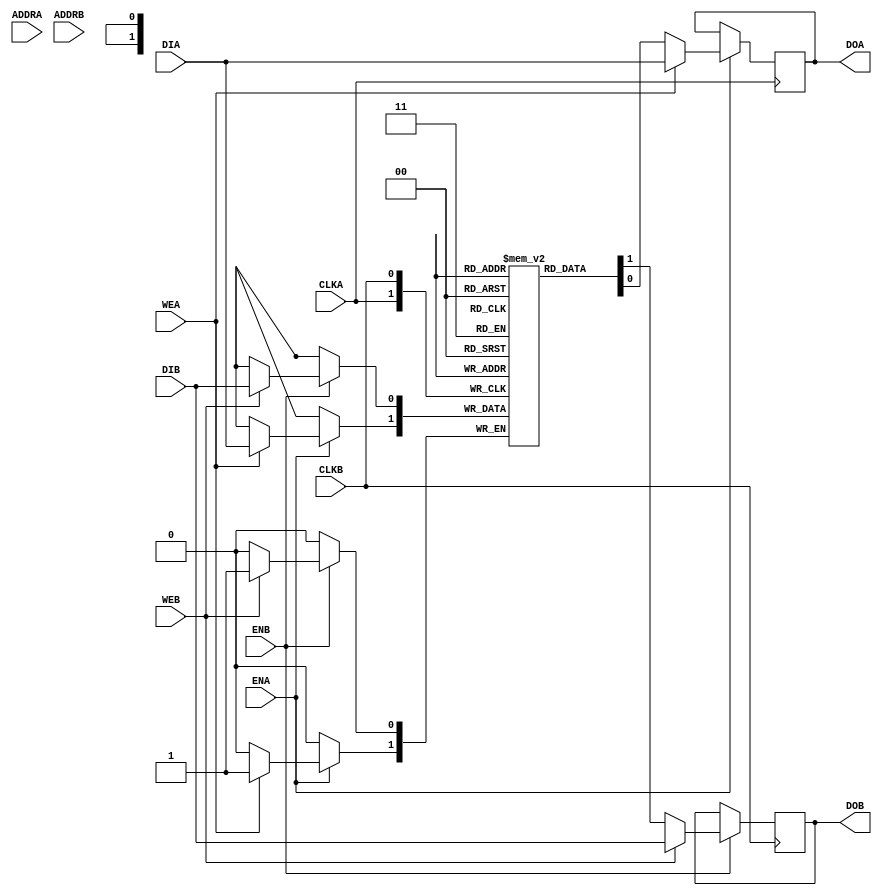
// Copyright (c) 2000-2011 Bluespec, Inc.

// Permission is hereby granted, free of charge, to any person obtaining a copy
// of this software and associated documentation files (the "Software"), to deal
// in the Software without restriction, including without limitation the rights
// to use, copy, modify, merge, publish, distribute, sublicense, and/or sell
// copies of the Software, and to permit persons to whom the Software is
// furnished to do so, subject to the following conditions:

// The above copyright notice and this permission notice shall be included in
// all copies or substantial portions of the Software.

// THE SOFTWARE IS PROVIDED "AS IS", WITHOUT WARRANTY OF ANY KIND, EXPRESS OR
// IMPLIED, INCLUDING BUT NOT LIMITED TO THE WARRANTIES OF MERCHANTABILITY,
// FITNESS FOR A PARTICULAR PURPOSE AND NONINFRINGEMENT. IN NO EVENT SHALL THE
// AUTHORS OR COPYRIGHT HOLDERS BE LIABLE FOR ANY CLAIM, DAMAGES OR OTHER
// LIABILITY, WHETHER IN AN ACTION OF CONTRACT, TORT OR OTHERWISE, ARISING FROM,
// OUT OF OR IN CONNECTION WITH THE SOFTWARE OR THE USE OR OTHER DEALINGS IN
// THE SOFTWARE.
//
// $Revision: 28325 $
// $Date: 2012-04-25 18:22:57 +0000 (Wed, 25 Apr 2012) $

`ifdef BSV_ASSIGNMENT_DELAY
`else
 `define BSV_ASSIGNMENT_DELAY
`endif

// Dual-Ported BRAM (WRITE FIRST)
module BRAM2(CLKA,
             ENA,
             WEA,
             ADDRA,
             DIA,
             DOA,
             CLKB,
             ENB,
             WEB,
             ADDRB,
             DIB,
             DOB
             );

   parameter                      PIPELINED  = 0;
   parameter                      ADDR_WIDTH = 1;
   parameter                      DATA_WIDTH = 1;
   parameter                      MEMSIZE    = 1;

   input                          CLKA;
   input                          ENA;
   input                          WEA;
   input [ADDR_WIDTH-1:0]         ADDRA;
   input [DATA_WIDTH-1:0]         DIA;
   output [DATA_WIDTH-1:0]        DOA;

   input                          CLKB;
   input                          ENB;
   input                          WEB;
   input [ADDR_WIDTH-1:0]         ADDRB;
   input [DATA_WIDTH-1:0]         DIB;
   output [DATA_WIDTH-1:0]        DOB;

   reg [DATA_WIDTH-1:0]           RAM[0:MEMSIZE-1] /* synthesis syn_ramstyle="no_rw_check" */ ;
   reg [DATA_WIDTH-1:0]           DOA_R;
   reg [DATA_WIDTH-1:0]           DOB_R;
   reg [DATA_WIDTH-1:0]           DOA_R2;
   reg [DATA_WIDTH-1:0]           DOB_R2;

`ifdef BSV_NO_INITIAL_BLOCKS
`else
   // synopsys translate_off
   integer                        i;
   initial
   begin : init_block
      for (i = 0; i < MEMSIZE; i = i + 1) begin
         RAM[i] = { ((DATA_WIDTH+1)/2) { 2'b10 } };
      end
      DOA_R = { ((DATA_WIDTH+1)/2) { 2'b10 } };
      DOB_R = { ((DATA_WIDTH+1)/2) { 2'b10 } };
      DOA_R2 = { ((DATA_WIDTH+1)/2) { 2'b10 } };
      DOB_R2 = { ((DATA_WIDTH+1)/2) { 2'b10 } };
   end
   // synopsys translate_on
`endif // !`ifdef BSV_NO_INITIAL_BLOCKS

   always @(posedge CLKA) begin
      if (ENA) begin
         if (WEA) begin
            RAM[ADDRA] <= `BSV_ASSIGNMENT_DELAY DIA;
            DOA_R <= `BSV_ASSIGNMENT_DELAY DIA;
         end
         else begin
            DOA_R <= `BSV_ASSIGNMENT_DELAY RAM[ADDRA];
         end
      end
      DOA_R2 <= `BSV_ASSIGNMENT_DELAY DOA_R;
   end

   always @(posedge CLKB) begin
      if (ENB) begin
         if (WEB) begin
            RAM[ADDRB] <= `BSV_ASSIGNMENT_DELAY DIB;
            DOB_R <= `BSV_ASSIGNMENT_DELAY DIB;
         end
         else begin
            DOB_R <= `BSV_ASSIGNMENT_DELAY RAM[ADDRB];
         end
      end
      DOB_R2 <= `BSV_ASSIGNMENT_DELAY DOB_R;
   end

   // Output drivers
   assign DOA = (PIPELINED) ? DOA_R2 : DOA_R;
   assign DOB = (PIPELINED) ? DOB_R2 : DOB_R;

endmodule // BRAM2